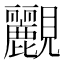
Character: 䚕